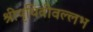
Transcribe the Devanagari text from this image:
श्रीपृथिवीवल्लभ